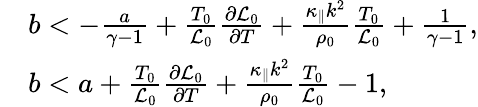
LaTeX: \begin{array}{rl}&{b<-\frac{a}{\gamma-1}+\frac{T_{0}}{{\cal L}_{0}}\frac{\partial{{\cal L}_{0}}}{\partial T}+\frac{\kappa_{\parallel}k^{2}}{\rho_{0}}\frac{T_{0}}{{\cal L}_{0}}+\frac{1}{\gamma-1},}\\ &{b<a+\frac{T_{0}}{{\cal L}_{0}}\frac{\partial{{\cal L}_{0}}}{\partial T}+\frac{\kappa_{\parallel}k^{2}}{\rho_{0}}\frac{T_{0}}{{\cal L}_{0}}-1,}\end{array}